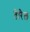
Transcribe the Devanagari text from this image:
वेरिल